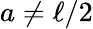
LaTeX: a\neq\ell/2